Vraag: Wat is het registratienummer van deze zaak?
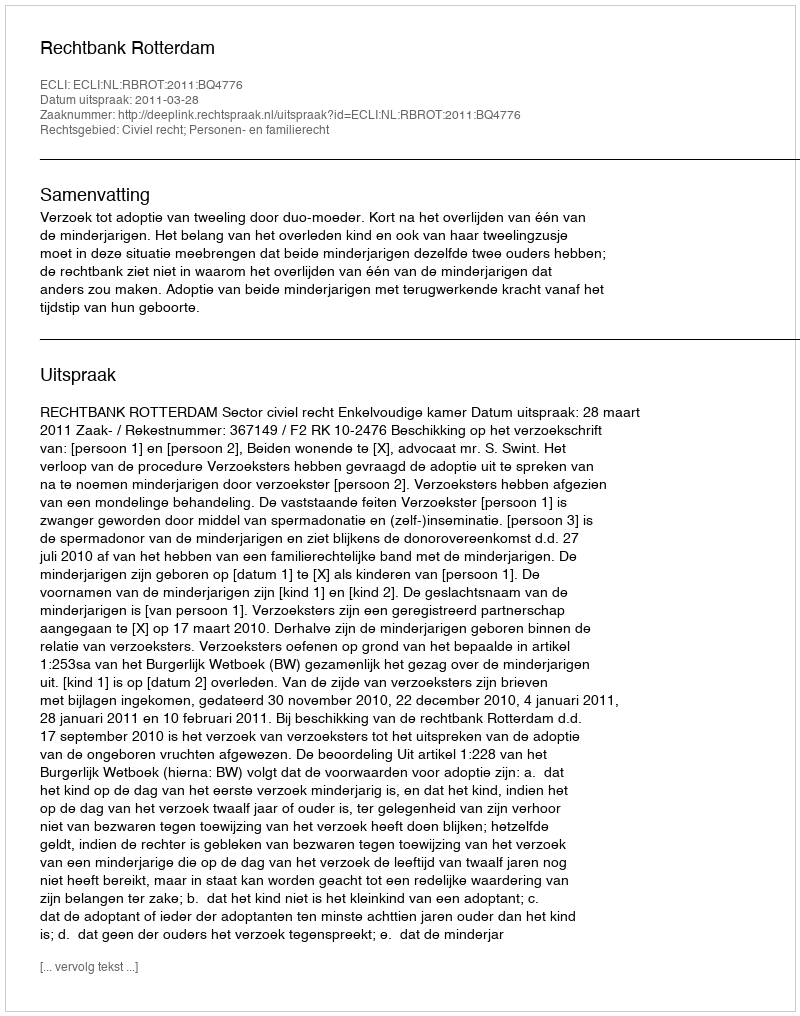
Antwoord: http://deeplink.rechtspraak.nl/uitspraak?id=ECLI:NL:RBROT:2011:BQ4776